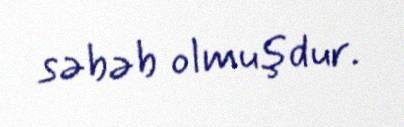
səbəb olmuşdur.